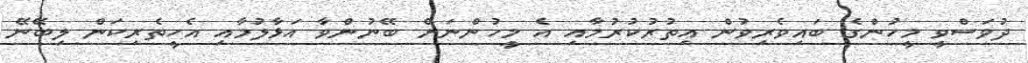
ދުވަސްވީ މީހުންގެ ބައިވެރިވުން އިތުރުކުރުމާއި އެ މީހުންނަށް ބޭނުންވާ އަޅާލުމާއި އެހީތެރިކަން ލިބޭނޭ